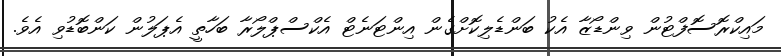
މައިކްރޮސޮފްޓުން ވިންޑޯޒާ އެކު ބަންޑެލިކޮށްގެން އިންޓަނެޓް އެކްސްޕްލޯރާ ބަހާތީ އެޕަލުން ކަންބޮޑުވި އެވެ.